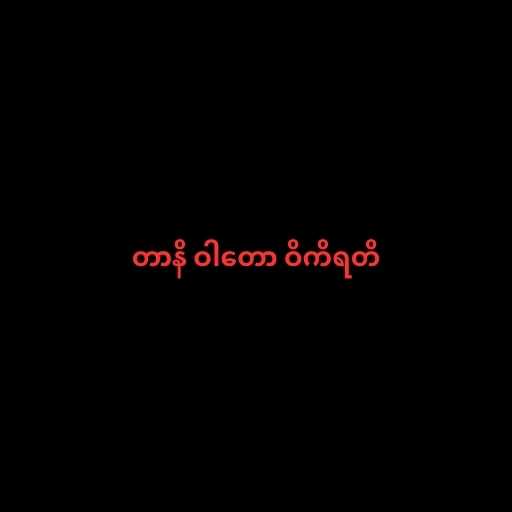
တာနိ ဝါတော ဝိကိရတိ